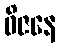
ဝိဇနေ